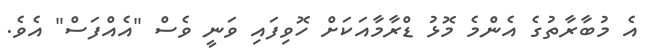
އެ މުބާރާތުގެ އެންމެ މޮޅު ޑްރާމާއަކަށް ހޮވިފައި ވަނީ ވެސް "އެއްފަސް" އެވެ.